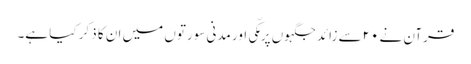
قرآن نے ۲۰سے زائد جگہوں پر مکّی اور مدنی سورتوں میں ان کا ذکر کیا ہے۔